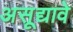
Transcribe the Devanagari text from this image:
असूद्यावे